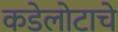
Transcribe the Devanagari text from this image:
कडेलोटाचे